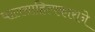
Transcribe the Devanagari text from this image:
बालसाहित्यकाराने